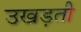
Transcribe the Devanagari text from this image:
उखड़ती